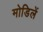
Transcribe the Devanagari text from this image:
मोडिलें